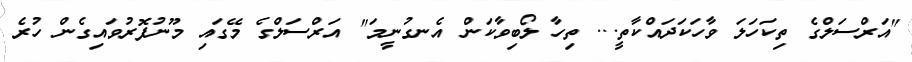
"އަރްސަލްގެ ތިކަހަލަ ވާހަކަދައްކާތީ... ތިހާ ލޯބިވާކަން އެނގުނީމަ" އަރްސަލްގެ މޭގައި މޫނުފޮރުވައިގެން ހުރެ